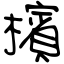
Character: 檳